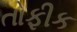
તોફીક